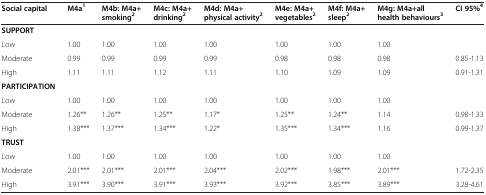
<table><thead><tr><td><b>Social capital</b></td><td><b>M4a<sup>1</sup></b></td><td><b>M4b: M4a+smoking<sup>2</sup></b></td><td><b>M4c: M4a+drinking<sup>2</sup></b></td><td><b>M4d: M4a+physical activity<sup>2</sup></b></td><td><b>M4e: M4a+vegetables<sup>2</sup></b></td><td><b>M4f: M4a+sleep<sup>2</sup></b></td><td><b>M4g: M4a+all health behaviours<sup>3</sup></b></td><td><b>CI 95%<sup>4</sup></b></td></tr></thead><tbody><tr><td><b>SUPPORT</b></td><td> </td><td> </td><td> </td><td> </td><td> </td><td> </td><td> </td><td> </td></tr><tr><td>Low</td><td>1.00</td><td>1.00</td><td>1.00</td><td>1.00</td><td>1.00</td><td>1.00</td><td>1.00</td><td> </td></tr><tr><td>Moderate</td><td>0.99</td><td>0.99</td><td>0.99</td><td>0.99</td><td>0.98</td><td>0.98</td><td>0.98</td><td>0.85-1.13</td></tr><tr><td>High</td><td>1.11</td><td>1.11</td><td>1.12</td><td>1.11</td><td>1.10</td><td>1.09</td><td>1.09</td><td>0.91-1.31</td></tr><tr><td><b>PARTICIPATION</b></td><td> </td><td> </td><td> </td><td> </td><td> </td><td> </td><td> </td><td> </td></tr><tr><td>Low</td><td>1.00</td><td>1.00</td><td>1.00</td><td>1.00</td><td>1.00</td><td>1.00</td><td>1.00</td><td> </td></tr><tr><td>Moderate</td><td>1.26**</td><td>1.26**</td><td>1.25**</td><td>1.17*</td><td>1.25**</td><td>1.24**</td><td>1.14</td><td>0.98-1.33</td></tr><tr><td>High</td><td>1.38***</td><td>1.37***</td><td>1.34***</td><td>1.22*</td><td>1.35***</td><td>1.34***</td><td>1.16</td><td>0.99-1.37</td></tr><tr><td><b>TRUST</b></td><td> </td><td> </td><td> </td><td> </td><td> </td><td> </td><td> </td><td> </td></tr><tr><td>Low</td><td>1.00</td><td>1.00</td><td>1.00</td><td>1.00</td><td>1.00</td><td>1.00</td><td>1.00</td><td> </td></tr><tr><td>Moderate</td><td>2.01***</td><td>2.01***</td><td>2.01***</td><td>2.04***</td><td>2.02***</td><td>1.98***</td><td>2.01***</td><td>1.72-2.35</td></tr><tr><td>High</td><td>3.91***</td><td>3.90***</td><td>3.91***</td><td>3.93***</td><td>3.92***</td><td>3.85***</td><td>3.89***</td><td>3.28-4.61</td></tr></tbody></table>